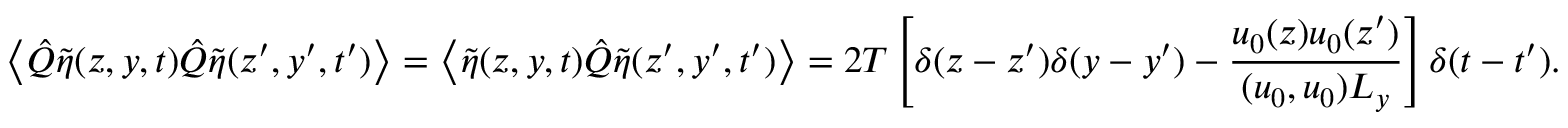
\left\langle \hat { Q } \tilde { \eta } ( z , y , t ) \hat { Q } \tilde { \eta } ( z ^ { \prime } , y ^ { \prime } , t ^ { \prime } ) \right\rangle = \left\langle \tilde { \eta } ( z , y , t ) \hat { Q } \tilde { \eta } ( z ^ { \prime } , y ^ { \prime } , t ^ { \prime } ) \right\rangle = 2 T \left[ \delta ( z - z ^ { \prime } ) \delta ( y - y ^ { \prime } ) - \frac { u _ { 0 } ( z ) u _ { 0 } ( z ^ { \prime } ) } { ( u _ { 0 } , u _ { 0 } ) L _ { y } } \right] \delta ( t - t ^ { \prime } ) .